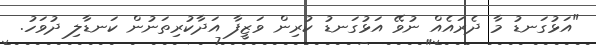
"އަޅުގަނޑު މާ ދެރައެއް ނުވޭ އަޅުގަނޑު ކުރިން ވަޒީފާ އަދާކުރިތަނުން ކަނޑާލި ދުވަހު.